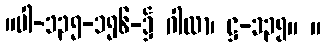
။ပါ-၁၃၅-၁၅၆-၌ ဂါထာ၊ ဋ္ဌ-၁၃၅။ ။